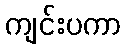
ကျင်းပကာ